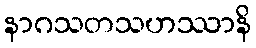
နာဂသတသဟဿာနိ